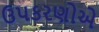
ઉપકરણોએ